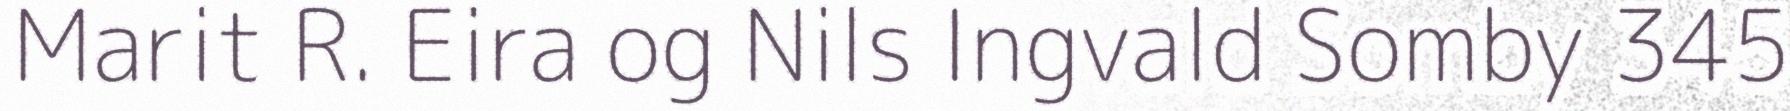
Marit R. Eira og Nils Ingvald Somby 345